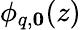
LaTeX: \phi_{q,\mathbf{0}}(z)